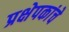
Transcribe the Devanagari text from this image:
प्रक्षेपकांचे